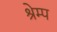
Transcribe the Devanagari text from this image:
श्रेम्प